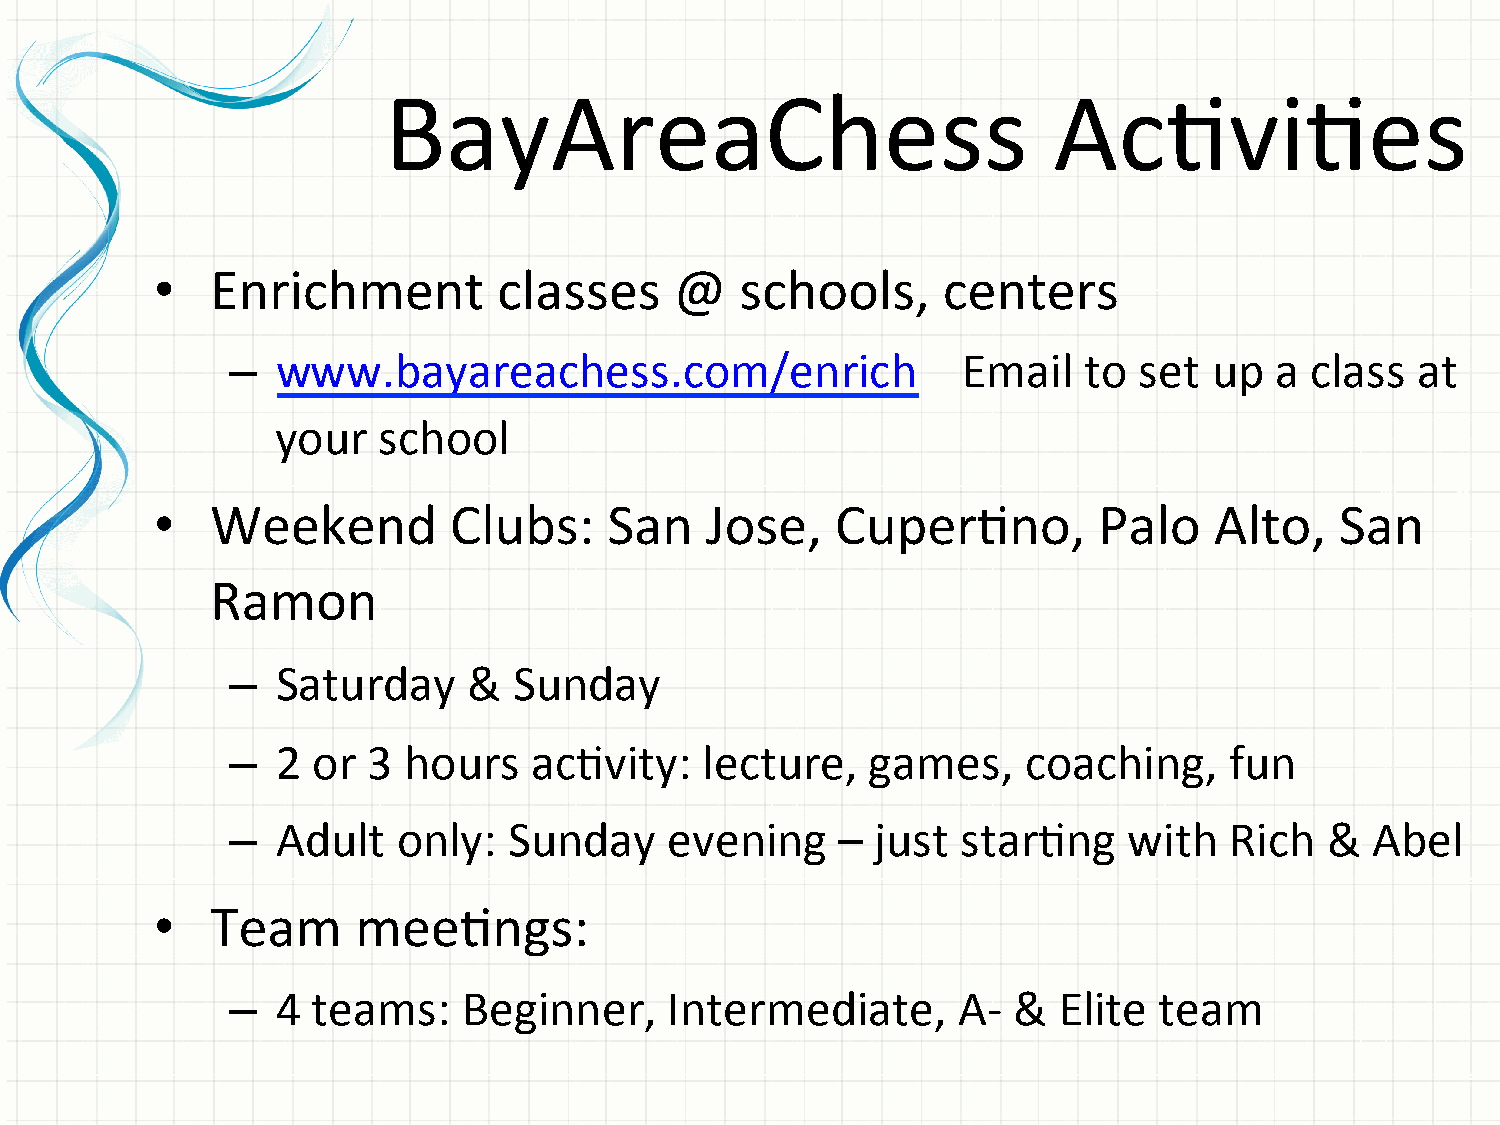
BayAreaChess                                 AcGviGes
 •   Enrichment         classes     @   schools,     centers
 –  www.bayareachess.com/enrich                   Email   to set  up  a  class  at
 your   school
 •   Weekend         Clubs:    San    Jose,   CuperGno,         Palo   Alto,    San
 Ramon
 –  Saturday     &  Sunday
 –  2  or 3  hours   acGvity:    lecture,   games,    coaching,    fun
 –  Adult   only:   Sunday    evening     – just  starGng    with  Rich   &  Abel
 •   Team      meeGngs:
 –  4  teams:    Beginner,    Intermediate,      A-­‐ & Elite  team